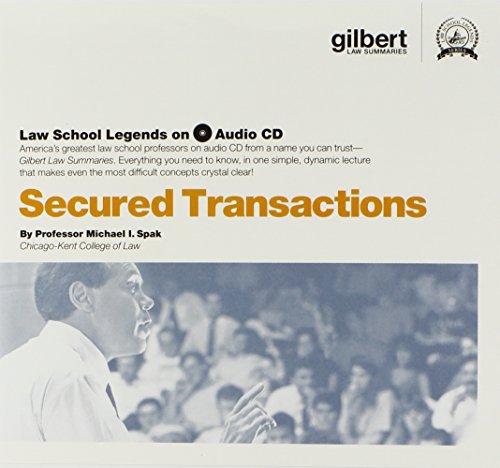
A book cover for Secured Transactions (Law School Legends Audio Series); Michael Spak; Law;